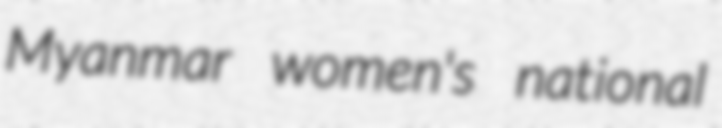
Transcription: Myanmar women's national